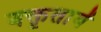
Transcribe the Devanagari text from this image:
वक्तृतायें